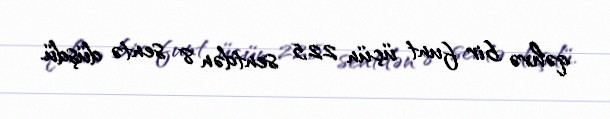
qəhvə bir funt üçün 22,5 sentdən 8 sentə düşdü.